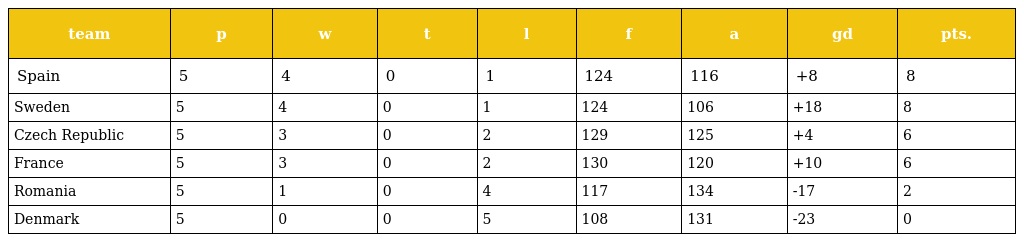
| team | p | w | t | l | f | a | gd | pts. |
 | --- | --- | --- | --- | --- | --- | --- | --- | --- |
 | Spain | 5 | 4 | 0 | 1 | 124 | 116 | +8 | 8 |
 | Sweden | 5 | 4 | 0 | 1 | 124 | 106 | +18 | 8 |
 | Czech Republic | 5 | 3 | 0 | 2 | 129 | 125 | +4 | 6 |
 | France | 5 | 3 | 0 | 2 | 130 | 120 | +10 | 6 |
 | Romania | 5 | 1 | 0 | 4 | 117 | 134 | -17 | 2 |
 | Denmark | 5 | 0 | 0 | 5 | 108 | 131 | -23 | 0 |